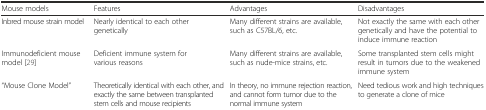
| Mouse models | Features | Advantages | Disadvantages |
 | --- | --- | --- | --- |
 | Inbred mouse strain model | Nearly identical to each other genetically | Many different strains are available, such as C57BL/6, etc. | Not exactly the same with each other genetically and have the potential to induce immune reaction |
 | Immunodeficient mouse model [29] | Deficient immune system for various reasons | Many different strains are available, such as nude-mice strains, etc. | Some transplanted stem cells might result in tumors due to the weakened immune system |
 | “Mouse Clone Model” | Theoretically identical with each other, and exactly the same between transplanted stem cells and mouse recipients | In theory, no immune rejection reaction, and cannot form tumor due to the normal immune system | Need tedious work and high techniques to generate a clone of mice |